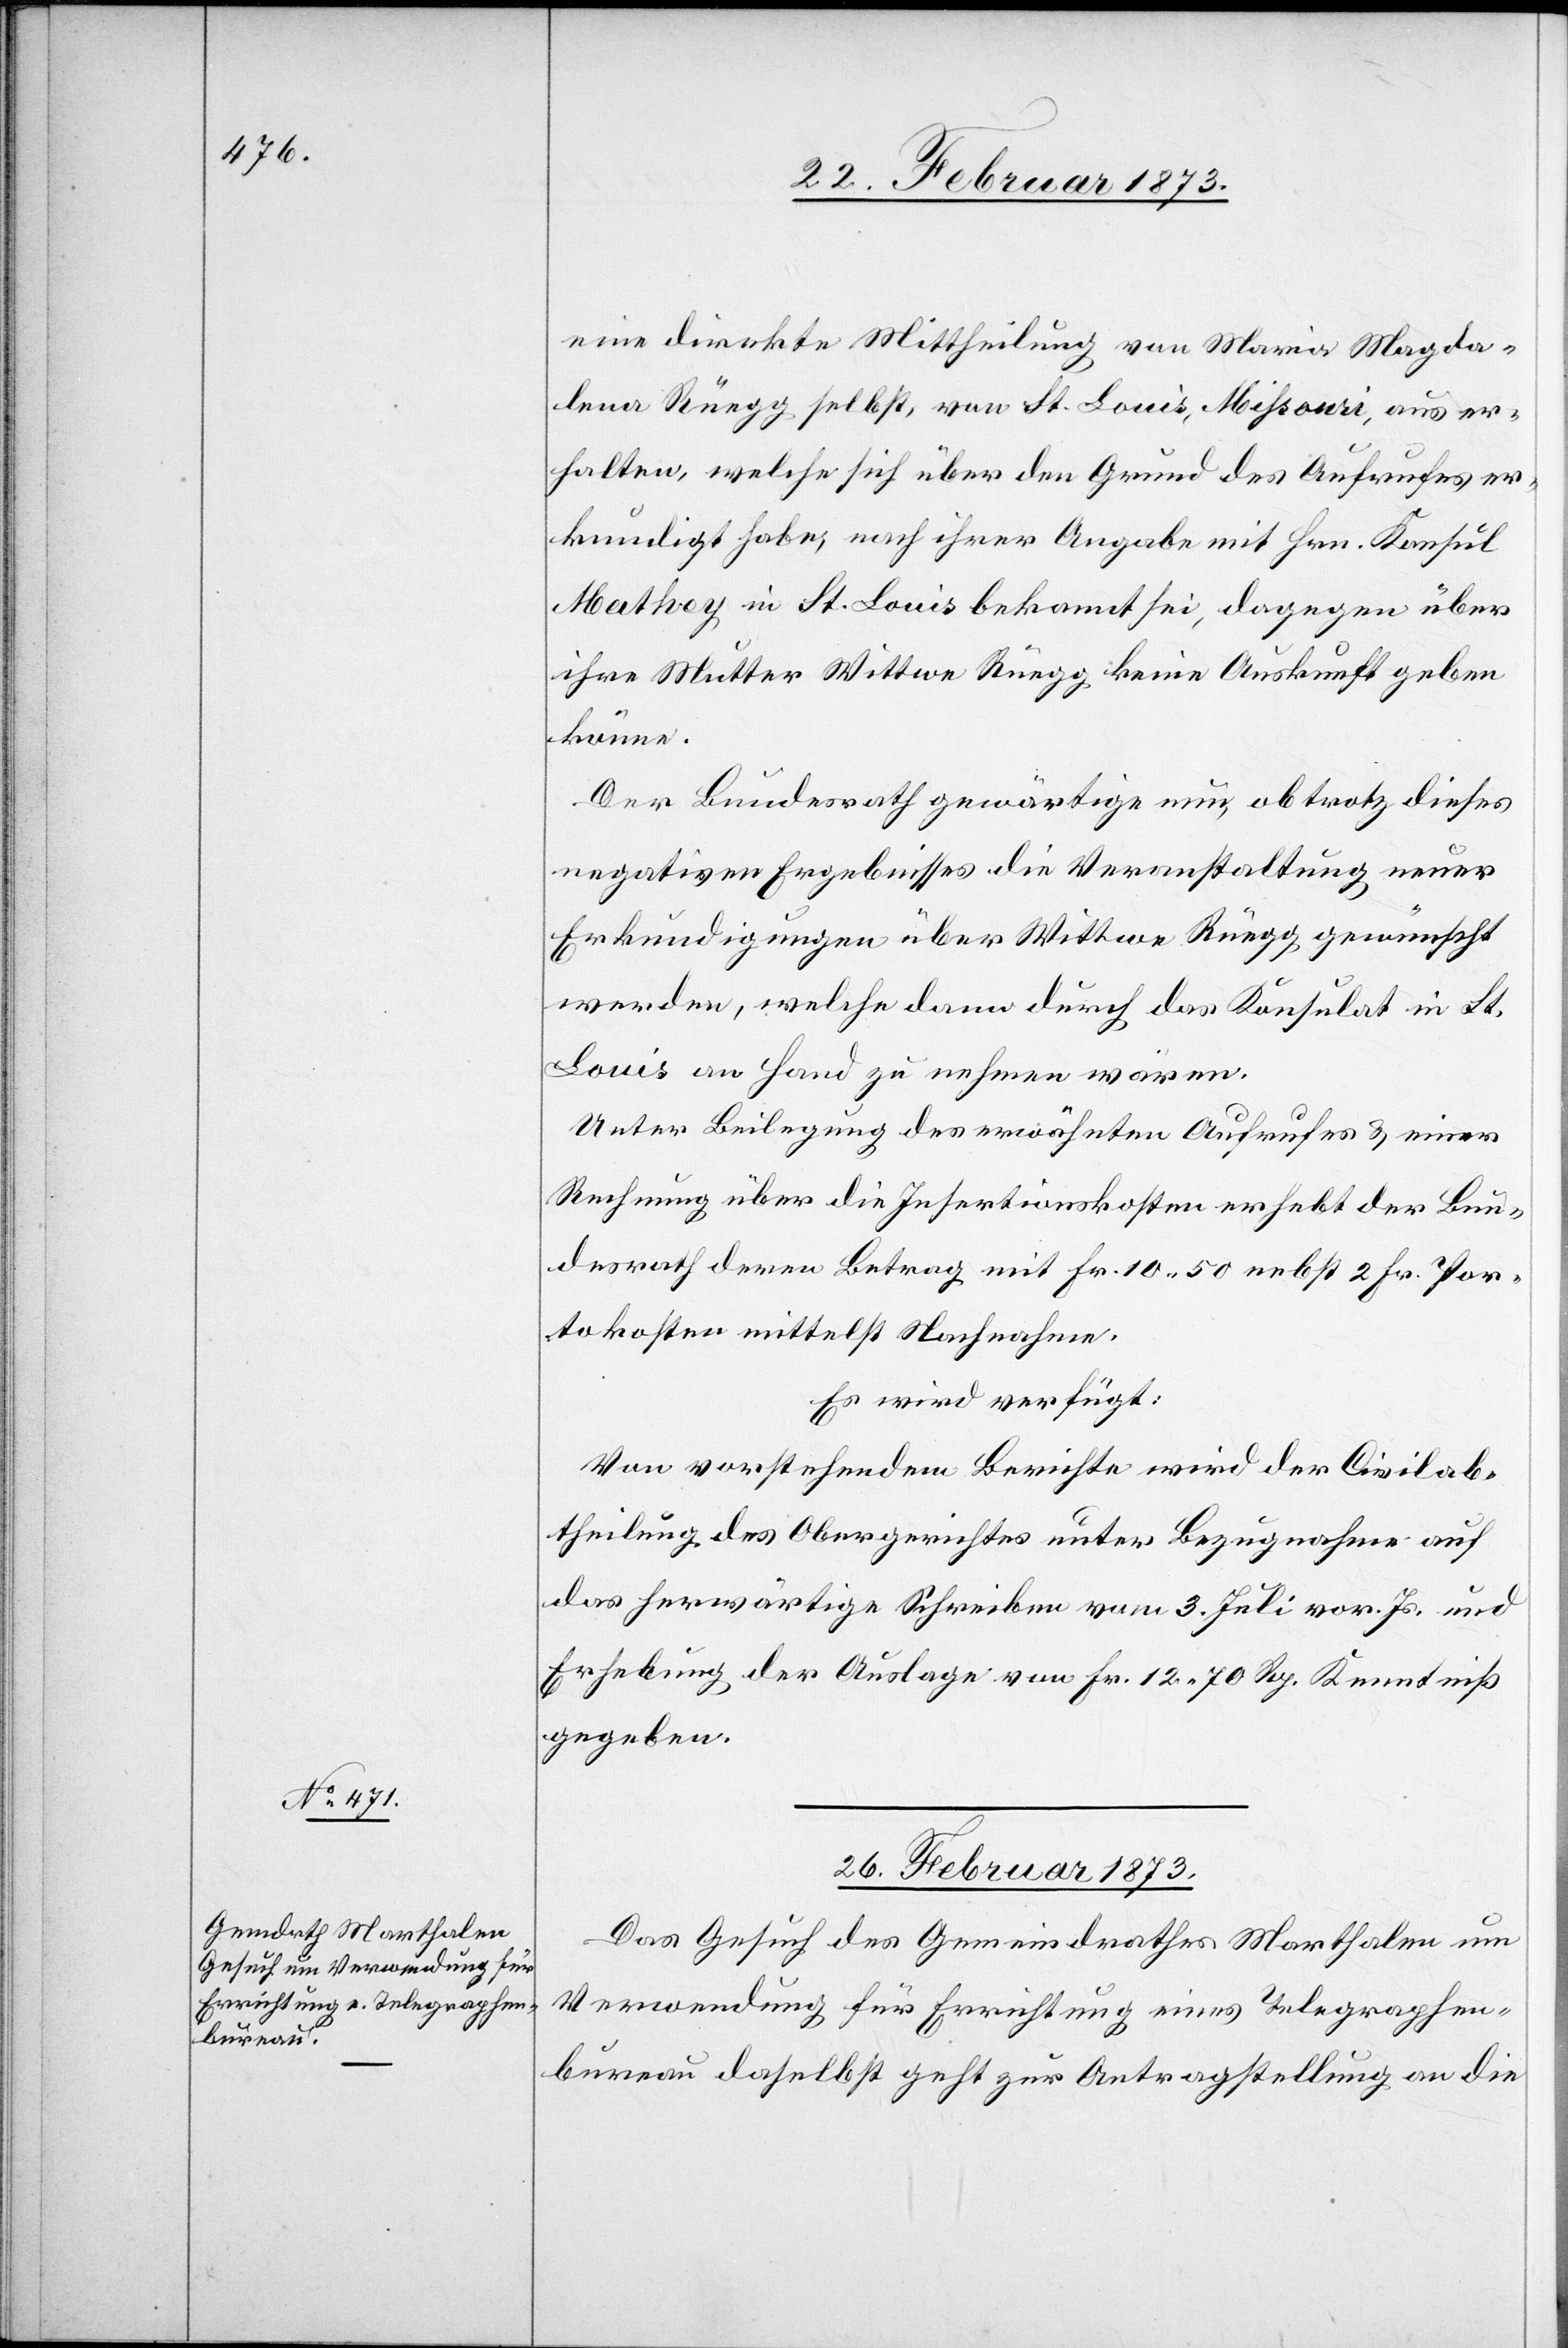
eine direkte Mittheilung von Maria Magda¬
lena Rüegg selbst, von St. Louis, Missouri, aus er¬
halten, welche sich über den Grund des Aufrufes er¬
kundigt habe, nach ihrer Angabe mit Hrn. Konsul
Mathey in St. Louis bekannt sei, dagegen über
ihre Mutter Wittwe Rüegg keine Auskunft geben
könne.
Der Bundesrath gewärtige nun, ob trotz dieses
negativen Ergebnisses die Veranstaltung neuer
Erkundigungen über Wittwe Rüegg gewünscht
werden, welche dann durch das Konsulat in St.
Louis an Hand zu nehmen wären.
Unter Beilegung des erwähnten Aufrufes u. einer
Rechnung über die Insertionskosten erhebt der Bun¬
desrath deren Betrag mit Fr. 10.50 nebst 2 Fr. Por¬
tokosten mittelst Nachnahme.
Es wird verfügt:
Von vorstehendem Berichte wird der Civilab¬
theilung des Obergerichtes unter Bezugnahme auf
das herwärtige Schreiben vom 3. Juli vor. Js. und
Erhebung der Auslage von Fr. 12.70 Rp. Kenntniß
gegeben.
26. Februar 1873.
Das Gesuch des Gemeindrathes Marthalen um
Verwendung für Errichtung eines Telegraphen¬
bureau daselbst geht zur Antragstellung an die